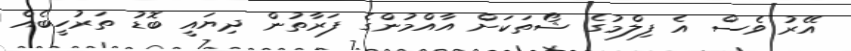
އޭރު ވެސް އެ ފިލްމުގެ ޝޯތަކަށް އާއްމުންގެ ފަރާތުން ދިޔައީ ބޮޑު ތަރުހީބެއް